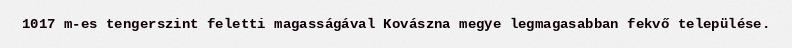
1017 m-es tengerszint feletti magasságával Kovászna megye legmagasabban fekvő települése.